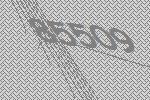
85509